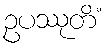
ဥပဿုတိံ